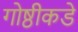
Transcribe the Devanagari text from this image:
गोष्ठीकडे